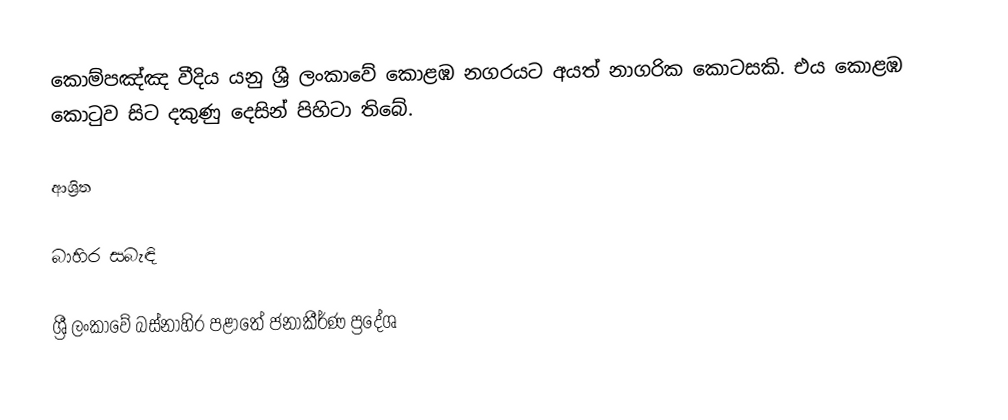
කොම්පඤ්ඤ වීදිය යනු ශ්‍රී ලංකාවේ කොළඹ නගරයට අයත් නාගරික කොටසකි. එය කොළඹ කොටුව සිට දකුණු දෙසින් පිහිටා තිබේ.

ආශ්‍රිත

බාහිර සබැඳි

ශ්‍රී ලංකාවේ බස්නාහිර පළාතේ ජනාකීර්ණ ප්‍රදේශ